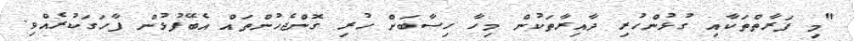
"މި ފަރާތްތަކާއި ގުޅުންހުރި ދާއިރާތަކުން މިހާ ހިސާބަށް ހުރި ގޮންޖެހުންތައް އެބޭފުޅުން ފާހަގަކުރެއްވި.